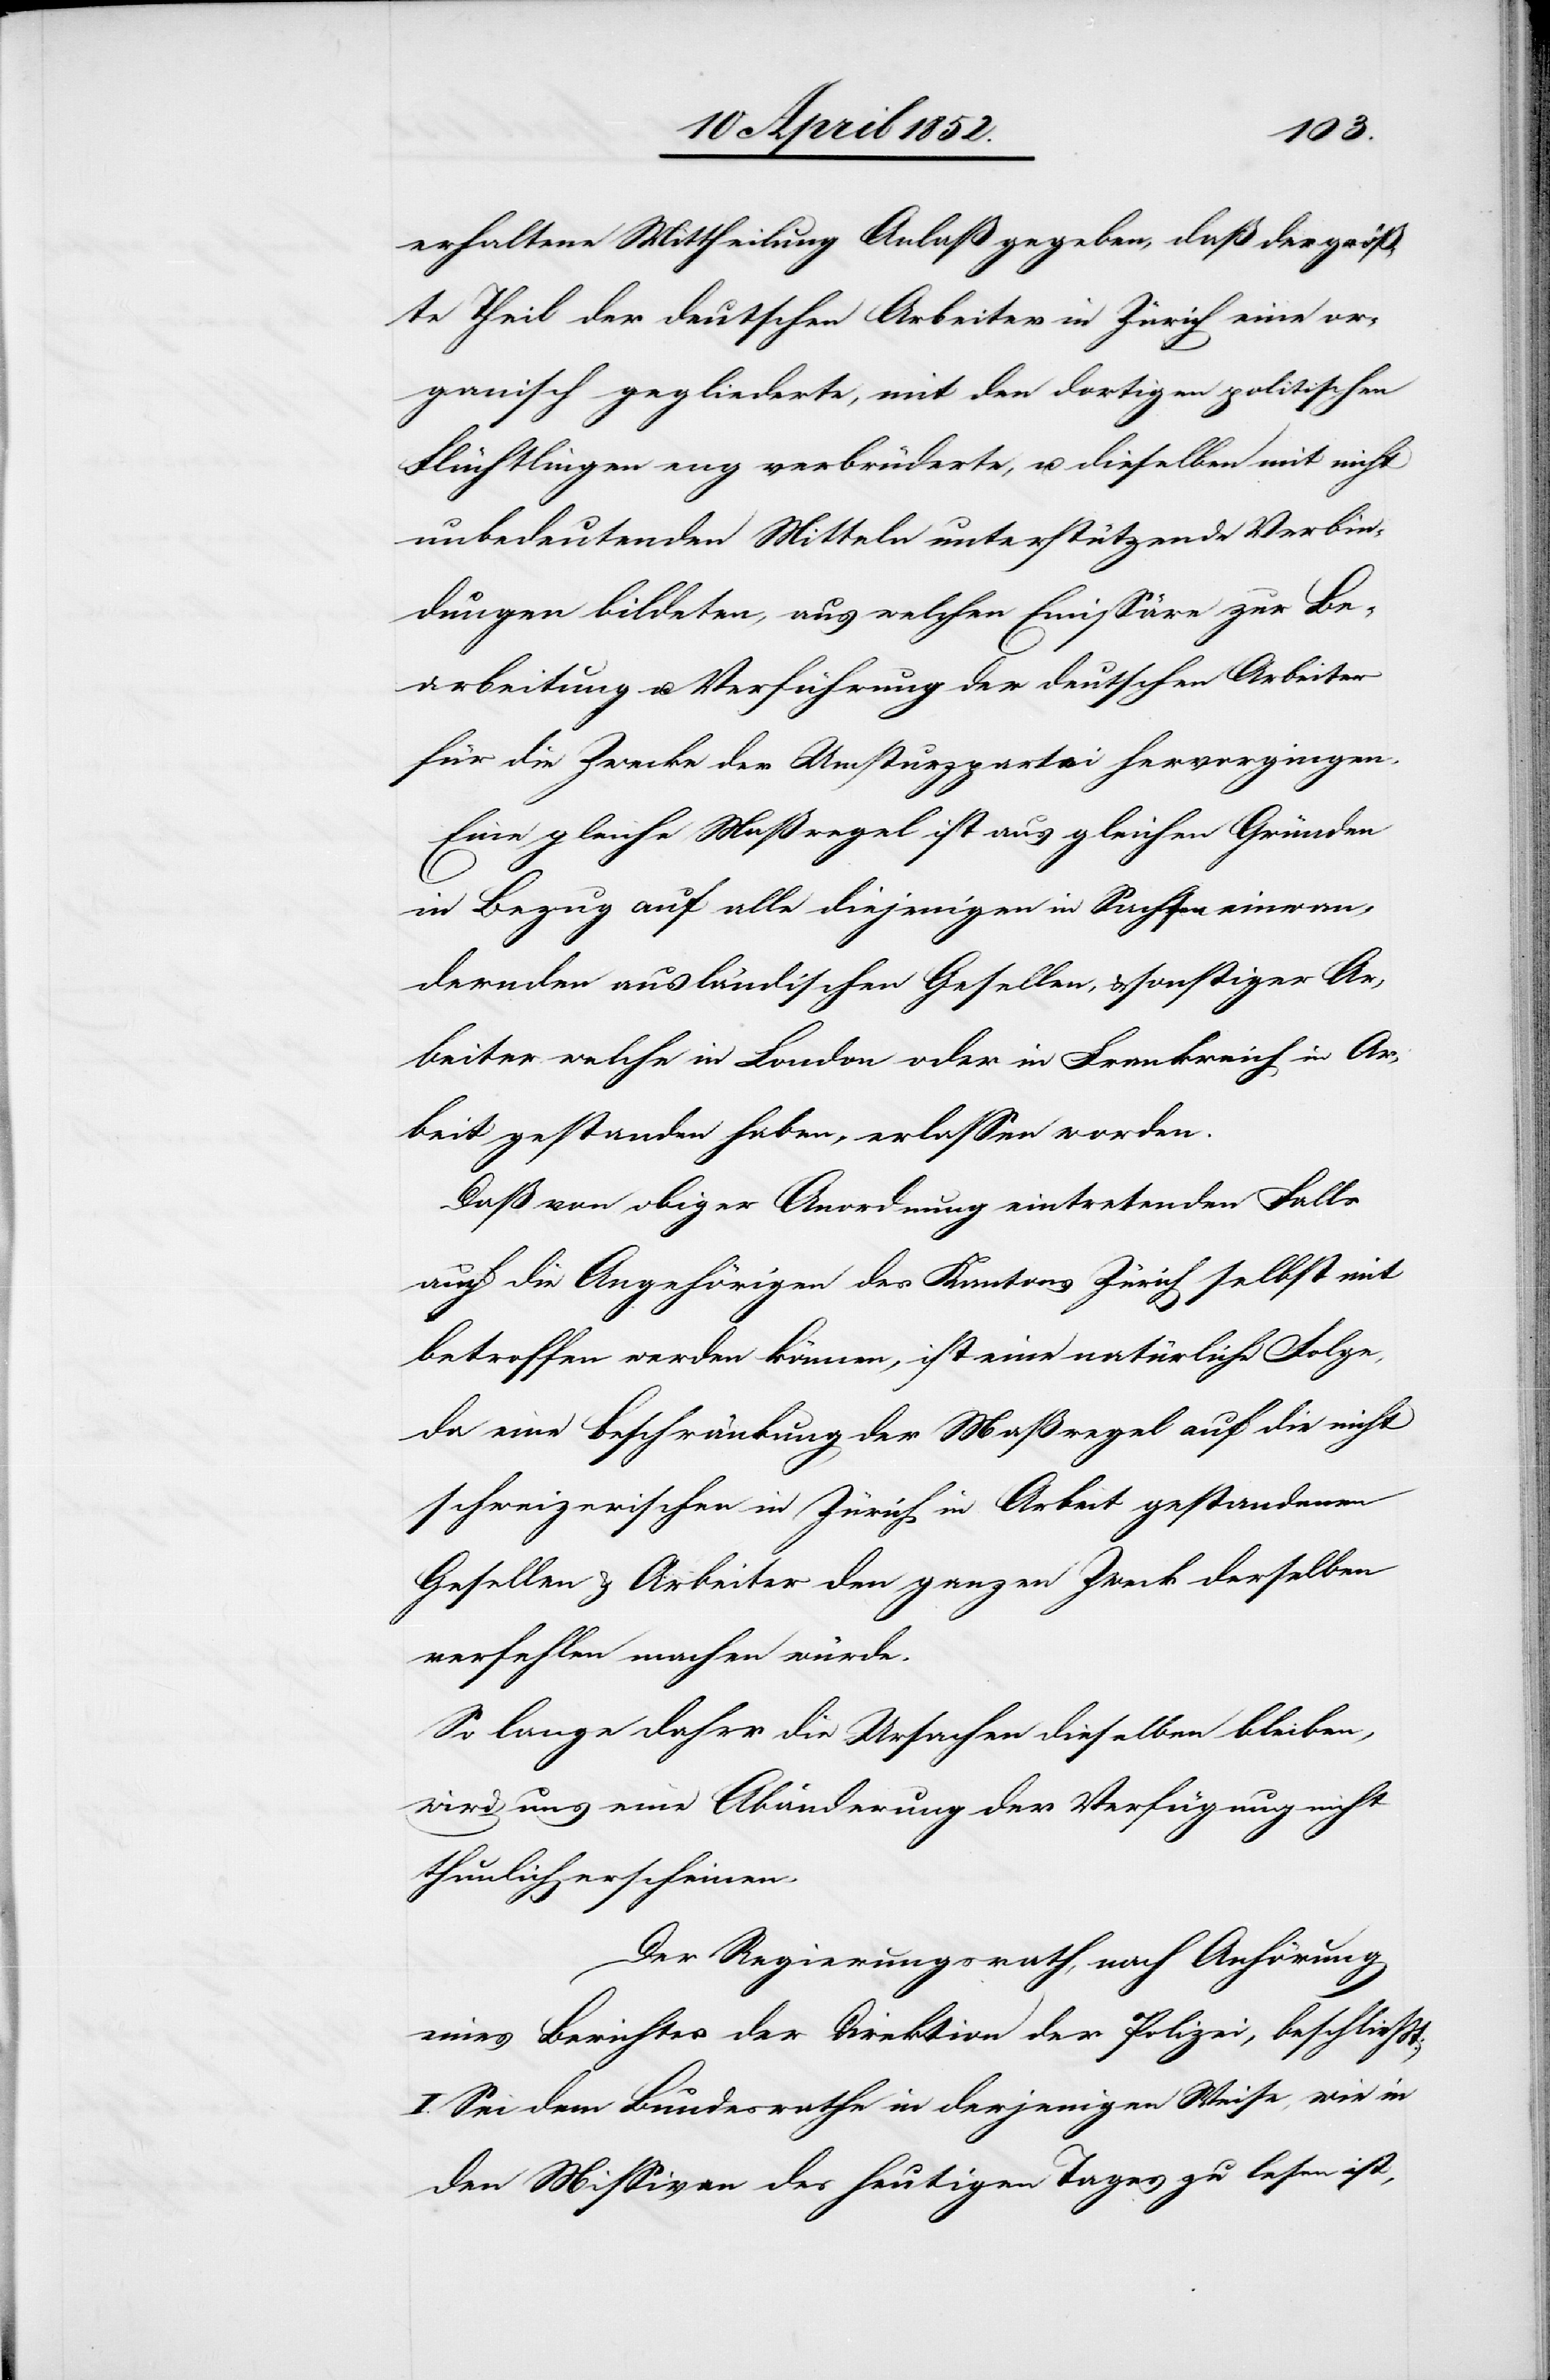
erhaltene Mittheilung Anlaß gegeben, daß der größ¬
te Theil der deutschen Arbeiter in Zürich eine or¬
ganisch gegliederte, mit den dortigen politischen
Flüchtlingen eng verbrüderte, u. dieselben mit nicht
unbedeutenden Mitteln unterstützende Verbin¬
dungen bildeten, aus welchen Emissäre zur Be¬
arbeitung u. Verführung der deutschen Arbeiter
für die Zwecke der Umsturzpartei hervorgingen.
Eine gleiche Maßregel ist aus gleichen Gründen
in Bezug auf alle diejenigen in Sachsen einwan¬
dernden ausländischen Gesellen, & sonstiger Ar¬
beiter welche in London oder in Frankreich in Ar¬
beit gestanden haben, erlassen worden.
Daß von obiger Anordnung eintretenden Falls
auch die Angehörigen des Kantons Zürich selbst mit
betroffen werden können, ist eine natürliche Folge,
da eine Beschränkung der Maßregel auf die nicht
schweizerischen in Zürich in Arbeit gestandenen
Gesellen & Arbeiter den ganzen Zweck derselben
verfehlen machen würde.
So lange daher die Ursachen dieselben bleiben,
wird uns eine Abänderung der Verfügung nicht
thunlich erscheinen.
Der Regierungsrath, nach Anhörung
eines Berichtes der Direktion der Polizei, beschliesst:
I. Sei dem Bundesrathe in derjenigen Weise, wie in
den Missiven des heutigen Tages zu lesen ist,